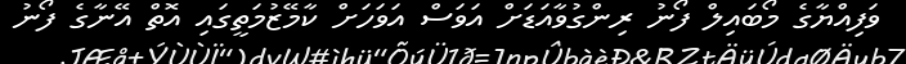
ވަފިއްޔާގެ މޯބައިލް ފޯނު ރިންގުވާއަޑަށް އަވަސް އަވަހަށް ކާމޭޒުމަތީގައި އޮތް އޭނާގެ ފޯނު